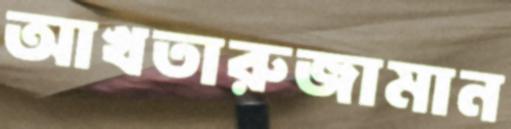
আখতারুজামান